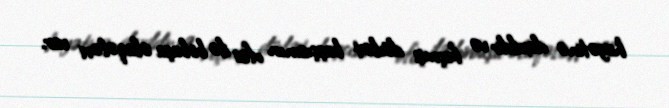
heyətinə daxildir və keçmiş dövlət başçısının ofisi ilə birbaşa əlaqələri var.